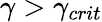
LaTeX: \gamma>\gamma_{crit}